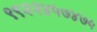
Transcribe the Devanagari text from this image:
९९२२४५७४७५